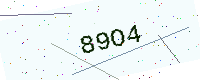
Text: 89O4